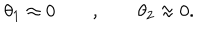
\theta _ { 1 } \approx 0 \qquad , \qquad \theta _ { 2 } \approx 0 .